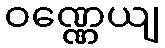
ဝဏ္ဏေယျ